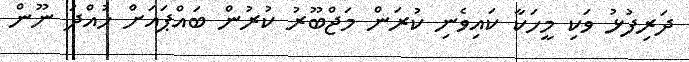
ދަރިފުޅު ވަކި މީހަކާ ކައިވެނި ކުރަން މަޖްބޫރު ކުރުން ބައްޕައަށް ހުއްދަ ނޫން